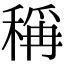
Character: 稱